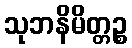
သုဘနိမိတ္တဉ္စ